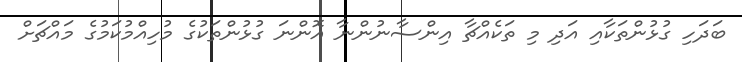
ބަދަހި ގުޅުންތަކާއި އަދި މި ތަކެއްޗާ އިންސާނުންނާ އޮންނަ ގުޅުންތަކުގެ މުހިއްމުކަމުގެ މައްޗަށް